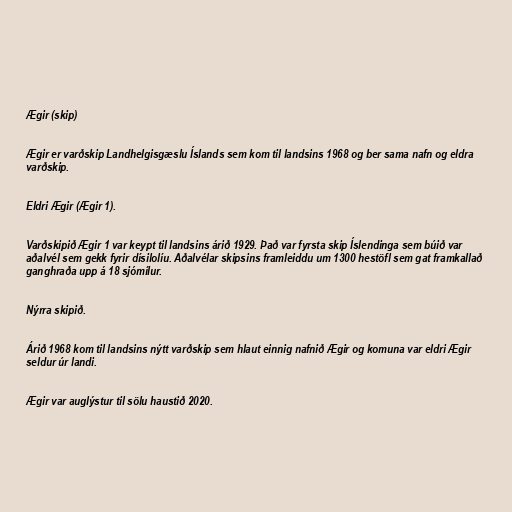
Ægir (skip)

Ægir er varðskip Landhelgisgæslu Íslands sem kom til landsins 1968 og ber sama nafn og eldra
varðskip.

Eldri Ægir (Ægir 1).

Varðskipið Ægir 1 var keypt til landsins árið 1929. Það var fyrsta skip Íslendinga sem búið var
aðalvél sem gekk fyrir dísilolíu. Aðalvélar skipsins framleiddu um 1300 hestöfl sem gat framkallað
ganghraða upp á 18 sjómílur.

Nýrra skipið.

Árið 1968 kom til landsins nýtt varðskip sem hlaut einnig nafnið Ægir og komuna var eldri Ægir
seldur úr landi.

Ægir var auglýstur til sölu haustið 2020.